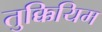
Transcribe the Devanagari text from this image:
तुक्कियिम